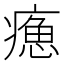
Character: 𤹸